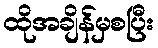
ထိုအချိန်မှစပြီး